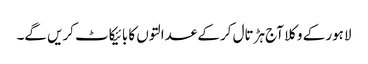
لاہور کے وکلا آج ہڑتال کر کے عدالتوں کا بائیکاٹ کریں گے۔